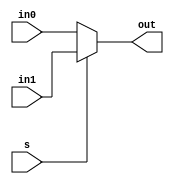
/*
*	Description: 2 to 1 multiplexer  
*/

module mux2_to_1
(
	input				in0,
	input			   in1,
	input				  s,
	output		   out
);

assign out = s ? in1:in0; 

endmodule